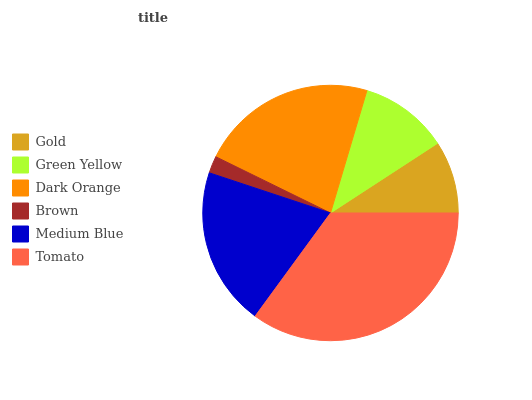
| Gold | Green Yellow | Dark Orange | Brown | Medium Blue | Tomato |
 | --- | --- | --- | --- | --- | --- |
 | 9.19% | 11.2% | 22.3% | 2.17% | 20.1% | 35% |